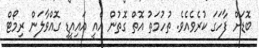
ބޮޑަށް ފާހަގަ ކުރެވެއެވެ. ތުހުމަތު އޮތް ގޮތުން އެއީ އައިއީޑީ ގޮއްވާލަން ރިމޯޓް